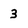
Character: 3